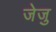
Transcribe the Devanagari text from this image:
जेजु